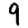
Digit: 9